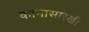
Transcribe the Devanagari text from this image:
कानासारखी